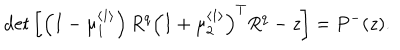
LaTeX: \det \left[ \left( I - \mu _ { 1 } ^ { \left\langle 1 \right\rangle } \right) R ^ { q } \left( I + \mu _ { 2 } ^ { \left\langle 1 \right\rangle } \right) ^ { T } R ^ { q } - z \right] = P ^ { - } ( z ) .